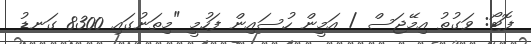
ފޮޓޯ: ވަގުތު އިމޭޖަސް / އަމީން ހުސައިން ފަހުމީ "މިތަނުގައި 8300 ގަނޑު